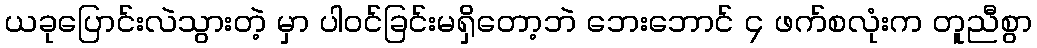
ယခုပြောင်းလဲသွားတဲ့ မှာ ပါဝင်ခြင်းမရှိတော့ဘဲ ဘေးဘောင် ၄ ဖက်စလုံးက တူညီစွာ